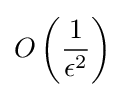
O\left({\frac {1}{\epsilon ^{2}}}\right)